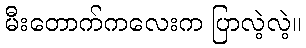
မီးတောက်ကလေးက ပြာလဲ့လဲ့။